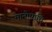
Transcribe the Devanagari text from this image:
मानोपाधि